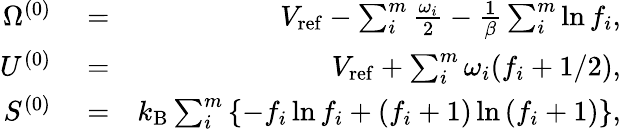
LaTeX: \begin{array}{rlr}{\Omega^{(0)}}&{{}=}&{V_{\mathrm{ref}}-\sum_{i}^{m}\frac{\omega_{i}}{2}-\frac{1}{\beta}\sum_{i}^{m}\ln f_{i},}\\ {U^{(0)}}&{{}=}&{V_{\mathrm{ref}}+\sum_{i}^{m}\omega_{i}(f_{i}+1/2),}\\ {S^{(0)}}&{{}=}&{k_{\mathrm{B}}\sum_{i}^{m}\left\{ -f_{i}\ln f_{i}+\left(f_{i}+1\right)\ln\left(f_{i}+1\right)\right\} ,}\end{array}